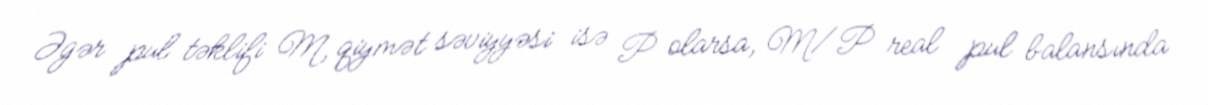
Əgər pul təklifi M, qiymət səviyyəsi isə P olarsa, M/P real pul balansında